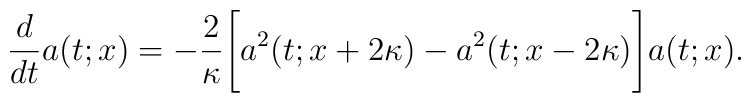
\frac{d}{dt}a(t;x)=-\frac{2}{\kappa}\Bigg[a^2(t;x+2\kappa)-a^2(t;x-2\kappa)\Bigg]a(t;x).